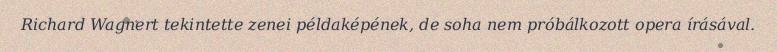
Richard Wagnert tekintette zenei példaképének, de soha nem próbálkozott opera írásával.